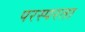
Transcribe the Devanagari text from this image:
परस्परता